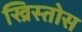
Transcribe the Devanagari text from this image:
ख्रिस्‍तोस